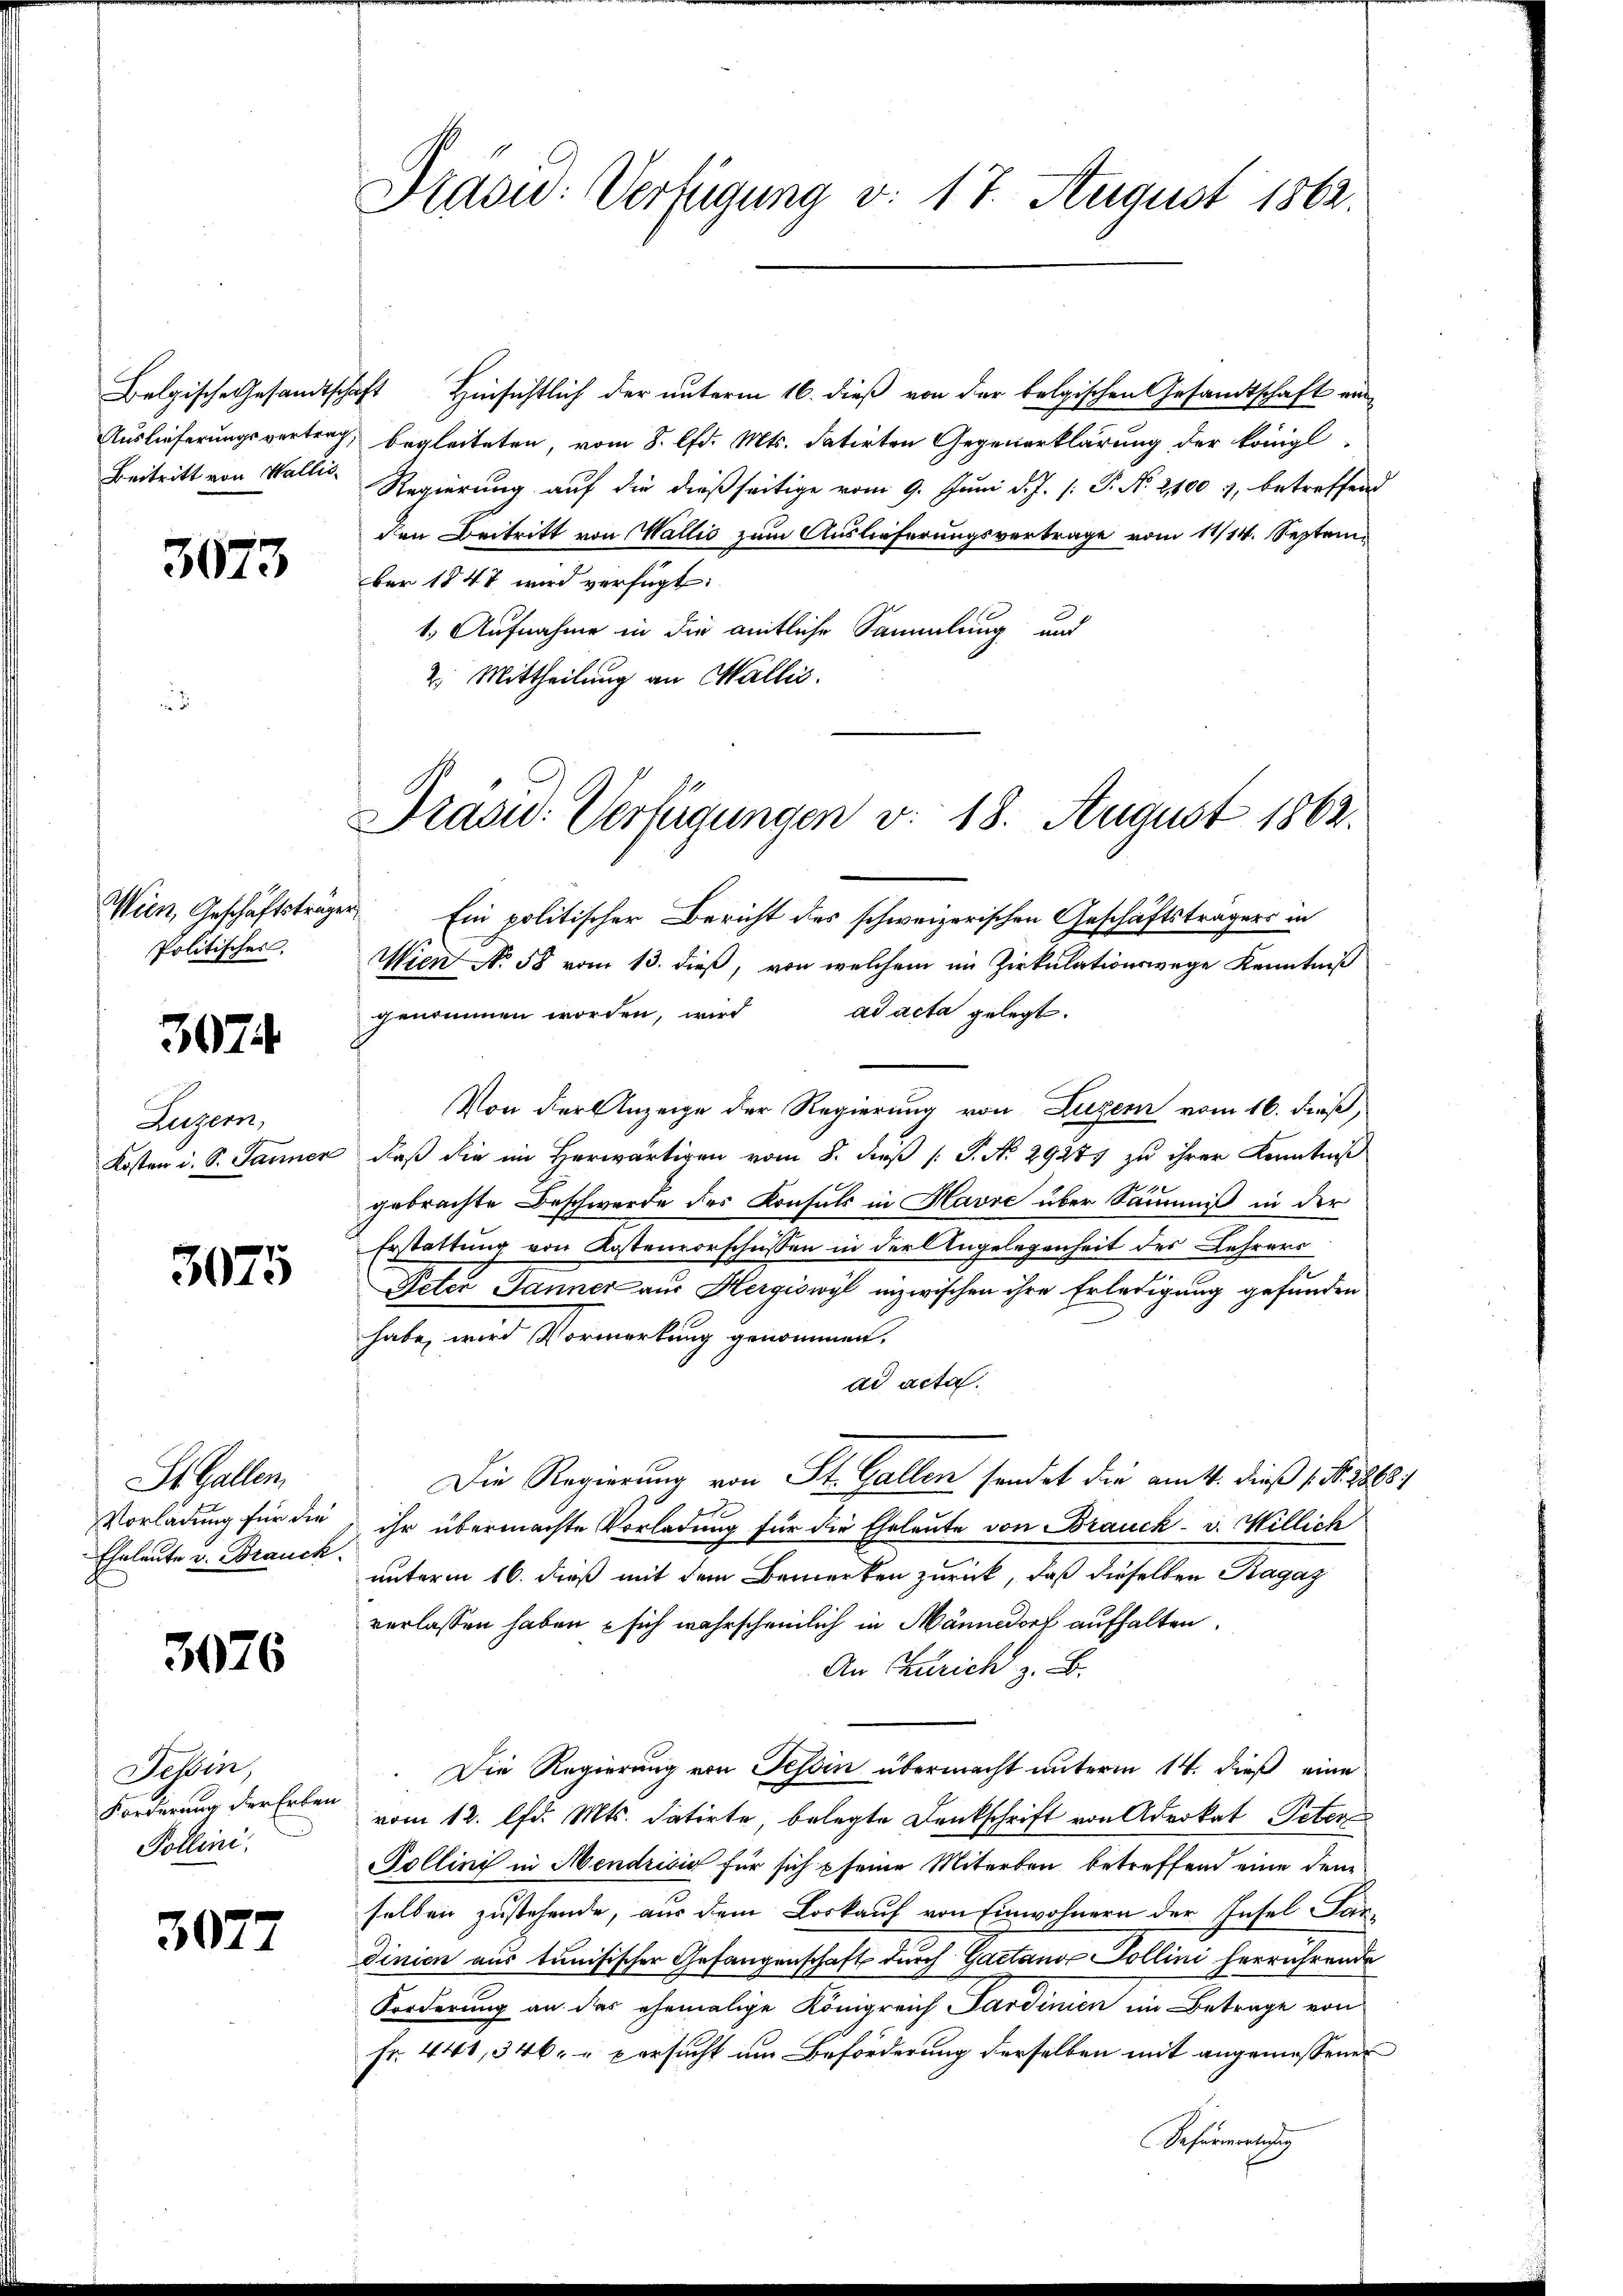
Beitritt von Wallis¬

3673

Wien, Geschäftsträger
Politisches.

3074.

Luzern,
Kosten d. S. Jänner

3075

St. Gallen,
Vorladung für die
Eheleute v. Brauch

3076

Tessin,
Forderung der Erben
Pollini

3077

Präsid.: Verfügung v. 17. August 1862.

Belgische Gesandtschaft Hinsichtlich der unterm 16. dieß von der belgischen Gesandtschaft ein¬
Auslieferungsvertrag, begleiteten, vom 8. lfd. Mts. datirten Gegenerklärung der königl
Regierung auf die dießseitige vom 9. Juni d. J. P. Nr. 2100 7, betreffend
den Beitritt von Wallis zum Auslieferungsvertrage vom 11/14. Septem
ber 1847 wird verfügt:
1. Aufnahme in die amtliche Sammlung und
2. Mittheilung an Wallis.

Drasu: Verfügungen v. 18. August 1862.

Ein politischer Bericht des schweizerischen Geschäftsträgers in
Wien N. 58 vom 13. dieß, von welchem im Zirkulationswege Kenntniß
genommen worden, wird ad acta gelegt.
Von der Anzeige der Regierung von Luzern vom 16. dieß,
daß die im Herwärtigen vom 8. dieß P. No 29277 zu ihrer Kenntniß
gebrachte Beschwerde des Konsuls in Havre über Säumniß in der
Erstattung von Kostenvorschüssen in der Angelegenheit des Lehrers
Peter Janner aus Hergiswyl inzwischen ihre Erledigung gefunden
habe, wird Vormerkung genommen.
ad acta.
Die Regierung von St. Gallen sendet die am 4. dieß (Nr. 1863/
ihr übermachte Vorladung für die Eheleute von Brauck-v. Willich
unterm 16. dieß mit dem Bemerken zurück, daß dieselben Ragaz
verlassen haben - sich wahrscheinlich in Männedorf aufhalten.
An Zürich z. B.
Die Regierung von Tessin übermacht unterm 14. dieß eine
vom 12. lfd. Mts. datirte, belegte Denkschrift von Advokat Peter
Pollini in Mendrisis für sich seine Miterben betreffend eine den
selben zustehende, aus dem Loskauf von Einwohnern der Insel-Lar-
dinien aus tunisischer Gefangenschaft durch Gaetanos Pollini herrührende
Forderung an das ehemalige Königreich Sardinien im Betrage von
Fr. 441, 346. " Versucht um Beförderung derselben mit angemessenen
Befürwortigung